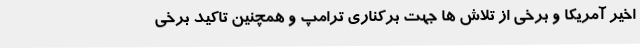
اخیر آمریکا و برخی از تلاش ها جهت برکناری ترامپ و همچنین تاکید برخی